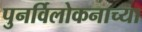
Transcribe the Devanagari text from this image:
पुनर्विलोकनाच्या